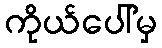
ကိုယ်ပေါ်မှ